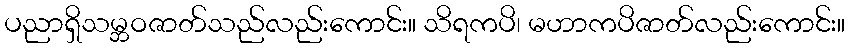
ပညာရှိသမ္ဘဝဇာတ်သည်လည်းကောင်း။ သိရကပိ၊ မဟာကပိဇာတ်လည်းကောင်း။